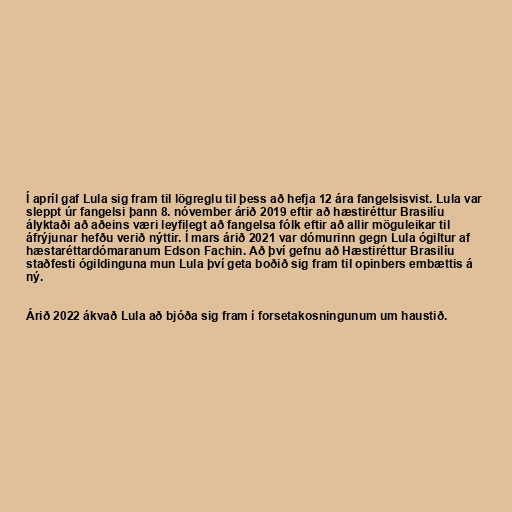
Í apríl gaf Lula sig fram til lögreglu til þess að hefja 12 ára fangelsisvist. Lula var
sleppt úr fangelsi þann 8. nóvember árið 2019 eftir að hæstiréttur Brasilíu
ályktaði að aðeins væri leyfilegt að fangelsa fólk eftir að allir möguleikar til
áfrýjunar hefðu verið nýttir. Í mars árið 2021 var dómurinn gegn Lula ógiltur af
hæstaréttardómaranum Edson Fachin. Að því gefnu að Hæstiréttur Brasilíu
staðfesti ógildinguna mun Lula því geta boðið sig fram til opinbers embættis á
ný.

Árið 2022 ákvað Lula að bjóða sig fram í forsetakosningunum um haustið.